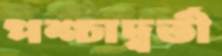
পশ্চাদ্বর্তী